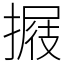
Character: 𢲈